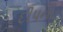
દીપનો